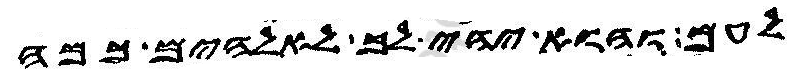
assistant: לעם והוא יהי לך לאלהים כמה